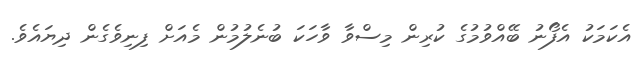
އެކަމަކު އެފޯނު ބޭއްވުމުގެ ކުރިން މިސްވާ ވާހަކަ ބުނެލުމުން މެއަށް ފިނިވެގެން ދިޔައެވެ.